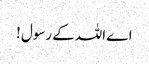
اے اللہ کے رسول !